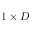
1 \times D